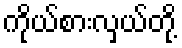
ကိုယ်စားလှယ်တို့